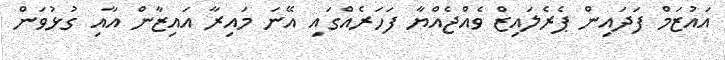
އައުޒަމް ފަދައިން ޕެރެލައިޒް ވެއްޖެއްޔާ ފަހަރެއްގައި އޭނަ މައިރާ އައިޒާން އާއި ގުޅުވަން